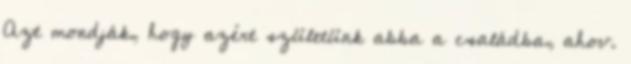
Azt mondják, hogy azért születünk abba a családba, ahov.